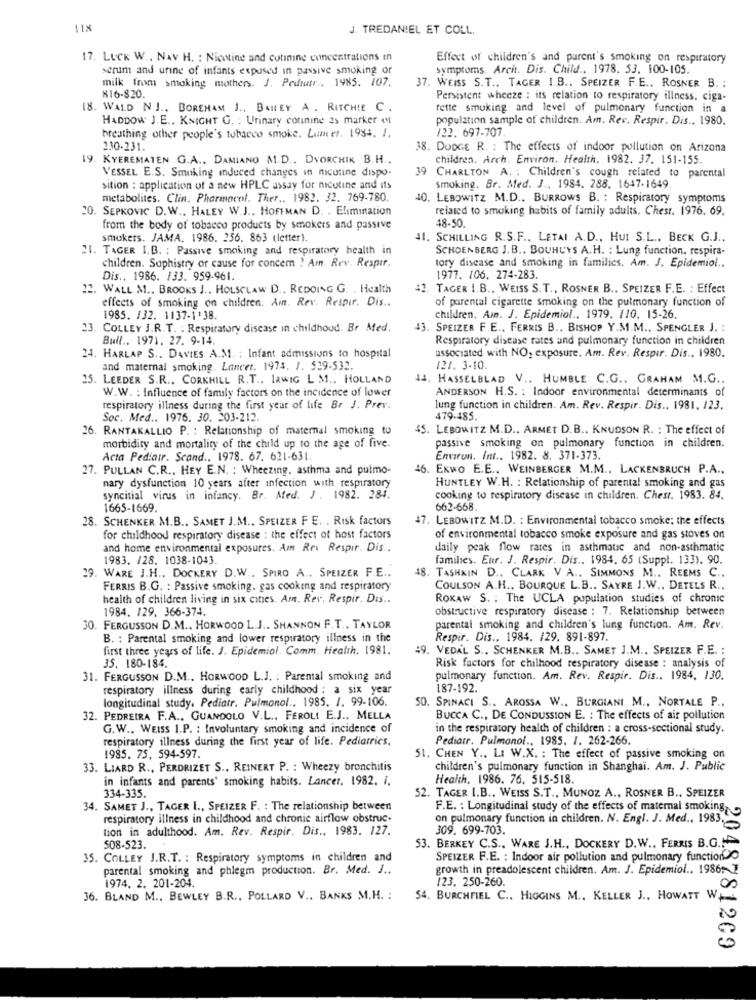
118
J. TREDANIEL ET COLL.
17. LUCK W .. NAV H. : Nicotine and cotinine concentrations in
Effect of children's and parent's smoking on respiratory
serum and unine of infants exposed in passive smoking of
symptoms. Arch. Dis. Child ., 1978. 53. 100-105.
milk from smoking mothers. J. Pediatr .. 1985. 107.
37. WEISS S.T ., TAGER 1.B .. SPEIZER F.E .. ROSNER B. :
X16-820.
Persistent wheeze : its relation to respiratory illness, ciga-
18. WALD NJ .. BOREHAM J ., BAILEY A. RITCHIE C.
rette smoking and level of pulmonary function in a
HADDOW J. E ., KNIGHT G. : Urinary cotinine 2s marker Ml
population sample of children. Am. Rev. Respir. Dis .. 1980.
/22. 697-707.
breathing other people's tobacco smoke. Lunes. 1984. 1.
2.30-231.
38. DODGE R. : The effects of indoor pollution on Arizona
19. KYEREMATEN G.A .. DAMIANO M.D ., DVORCHIK B.H ..
children. Arch. Environ, Health. 1982. 37. 151-155.
VESSEL E.S. Smoking induced changes in nicotine dispo-
39 CHARLTON A. : Children's cough related to parental
sition : application of a new HPLC assay for nicotine and its
Smoking. Br. Med. J ., 1984. 288. 1647-1649.
metabolites. Clin. Pharmacol. Ther ., 1982. 32. 769-780.
40. LEBOWITZ M.D ., BURROWS B. : Respiratory symptoms
20. SEPKOVIC D. W ., HALEY W.J .. HOFFMAN D. . Elimination
related to smoking habits of family adults. Chesr. 1976. 69.
48-50
from the body of tobacco products by smokers and passive
smokers. JAMA. 1986. 256. 863 (letter).
41. SCHILLING R.S.F ., LETAI A.D ., HUI S.L .. BECK G.J ..
21. TAGER I.B. : Passive smoking and respiratory health in
SCHOENBERG J. B .. BOUHUYS A. H. : Lung function. respira.
children. Sophistry or cause for concem ! Am. Rev. Respir.
tory disease and smoking in families, Am. J. Epidemiol ..
Dis .. 1986. /33. 959-961.
1977. 106. 274-283.
22. WALL M ., BROOKS J .. HOLSCLAW D ., REDOING G. , Health
42. TAGER 1.B ., WEISS S.T ., ROSNER B ., SPEIZER F.E. : Effect
effects of smoking on children. Am. Rev. Respir. Dis ..
of parental cigarette smoking on the pulmonary function of
1985. 132. 1137-1'38.
children, Ain. J. Epidemiol .. 1979. 110, 15-26.
23. COLLEY J.R.T. : Respiratory disease in childhoud. Br Med.
43. SPEIZER F.E ., FERRIS B .. BISHOP Y.M.M ., SPENGLER J. :
Bull .. 1971. 27. 9-14.
Respiratory disease rates and pulmonary function in children
24. HARLAP S .. DAVIES A.M. : Infant admissions to hospital
associated with NO, exposure. Am. Rev. Respir. Dis .. 1980.
and maternal smoking. Lancet. 1974. 1. 529-532.
121. 3-10.
25. LEEDER S.R ., CORKHILL R.T ., IRWIG L M .. HOLLAND
44. HASSELBLAD V .. HUMBLE C.G .. GRAHAM M.G ..
W.W. : influence of family factors on the incidence of lower
ANDERSON H.S. : Indoor environmental determinants of
respiratory illness during the first year of life Br J. Prev.
lung function in children. Am. Rev. Respir. Dis .. 1981. 123.
Soc. Med .. 1976. 30. 203-212.
479.485.
26. RANTAKALLIO P. : Relationship of maternal smoking to
45. LEBOWITZ M.D .. ARMET D.B ., KNUDSON R. : The effect of
morbidity and mortality of the child up to the age of five.
passive smoking on pulmonary function in children.
Acta Pediatr. Scand ., 1978. 67. 621-631.
Environ. Imt .. 1982. 8. 371-373.
27. PULLAN C.R ., HEY E.N. : Wheezing. asthma and putmo-
46. Exwo E.E ., WEINBERGER M.M .. LACKENBRUCH P.A .,
HUNTLEY W.H. : Relationship of parental smoking and gas
nary dysfunction 10 years after infection with respiratory
syncitial virus in infancy. Br. Med. J. 1982. 284.
cooking to respiratory disease in children. Chesr. 1983. 84.
1665-1669.
662-668.
28. SCHENKER M.B .. SAMET J.M ., SPEIZER FE. . Risk factors
47. LEBOWITZ M.D. : Environmental tobacco smoke; the effects
for childhood respiratory disease : the effect of host factors
of environmental tobacco smoke exposure and gas stoves on
and home environmental exposures. Am Rei Respir. Dis ..
daily peak flow rates in asthmatic and non-asthmatic
1983. 128. 1038-1043.
families. Eur. J. Respir. Dis .. 1984. 65 (Suppl. 133). 90.
29. WARE J.H ., DOCKERY D.W .. SPIRO A .. SPEIZER F.E ..
48. TASHKIN D .. CLARK V A .. SIMMONS M ., REEMS C ..
FERRIS B.G. : Passive smoking. gas cooking and respiratory
COULSON A.H ., BOURQUE L.B .. SAYRE J.W .. DETELS R ..
health of children living in six cities. Am. Rev. Respir. Dis ..
ROKAW S. : The UCLA population studies of chronic
1984. 129. 366-374.
obstructive respiratory disease : 7. Relationship between
30. FERGUSSON D.M .. HORWOOD L.J .. SHANNON F.T .. TAYLOR
parental smoking and children's lung function. Am. Rev.
B. : Parental smoking and lower respiratory illness in the
Respir. Dis .. 1984. /29. 891-897.
first three years of life. J. Epidemiol. Comm. Health. 1981.
49. VEDAL S ., SCHENKER M.B .. SAMET J.M ., SPEIZER F.E. :
35. 180-184.
Risk factors for chilhood respiratory disease : analysis of
31. FERGUSSON D.M .. HORWOOD L.J. : Parental smoking and
pulmonary function. Am. Rev. Respir. Dis .. 1984, 130.
respiratory illness during early childhood : a six year
187-192.
longitudinal study. Pediatr. Pulmonol ., 1985. 1. 99-106.
50. SPINACI S .. AROSSA W .. BURGIANI M ., NORTALE P ..
32. PEDREIRA F.A ., GUANDOLO V.L ., FEROLI E.J ., MELLA
BUCCA C ., DE CONDUSSION E. : The effects of air pollution
G.W .. WEISS I.P. : Involuntary smoking and incidence of
in the respiratory health of children : a cross-sectional study.
respiratory illness during the first year of life. Pediatrics.
Pediatr. Pulmonol ., 1985. 1. 262-266.
1985. 75, 594-597.
51. CHEN Y ., LI W.X. : The effect of passive smoking on
33. LIARD R ., PERDRIZET S ., REINERT P. : Wheezy bronchitis
children's pulmonary function in Shanghai. Am. J. Public
in infants and parents' smoking habits. Lancer. 1982. i.
Health, 1986. 76. 515-518.
334-335.
52. TAGER I.B ., WEISS S.T ., MUNOZ A ., ROSNER B ., SPEIZER
34. SAMET J ., TAGER I ., SPEIZER F. : The relationship between
F.E. : Longitudinal study of the effects of maternal smoking,
respiratory illness in childhood and chronic airflow obstruc-
on pulmonary function in children. N. Engl. J. Med ., 1983.
tion in adulthood. Am. Rev. Respir. Dis .. 1983. 127.
309. 699-703.
508-523.
53. BERKEY C.S ., WARE J.H ., DOCKERY D. W .. FERRIS B.G.""
35. COLLEY J.R.T. : Respiratory symptoms in children and
SPEIZER F.E. : Indoor air pollution and pulmonary functionO
parental smoking and phlegm production. Br. Med. J ..
growth in preadolescent children. Am. J. Epidemiol .. 19867
1974. 2. 201-204.
123. 250-260.
36. BLAND M .. BEWLEY B.R ., POLLARD V .. BANKS M.H. :
54. BURCHFIEL C .. HIGGINS M ., KELLER J ., HOWATT WA
2048781209